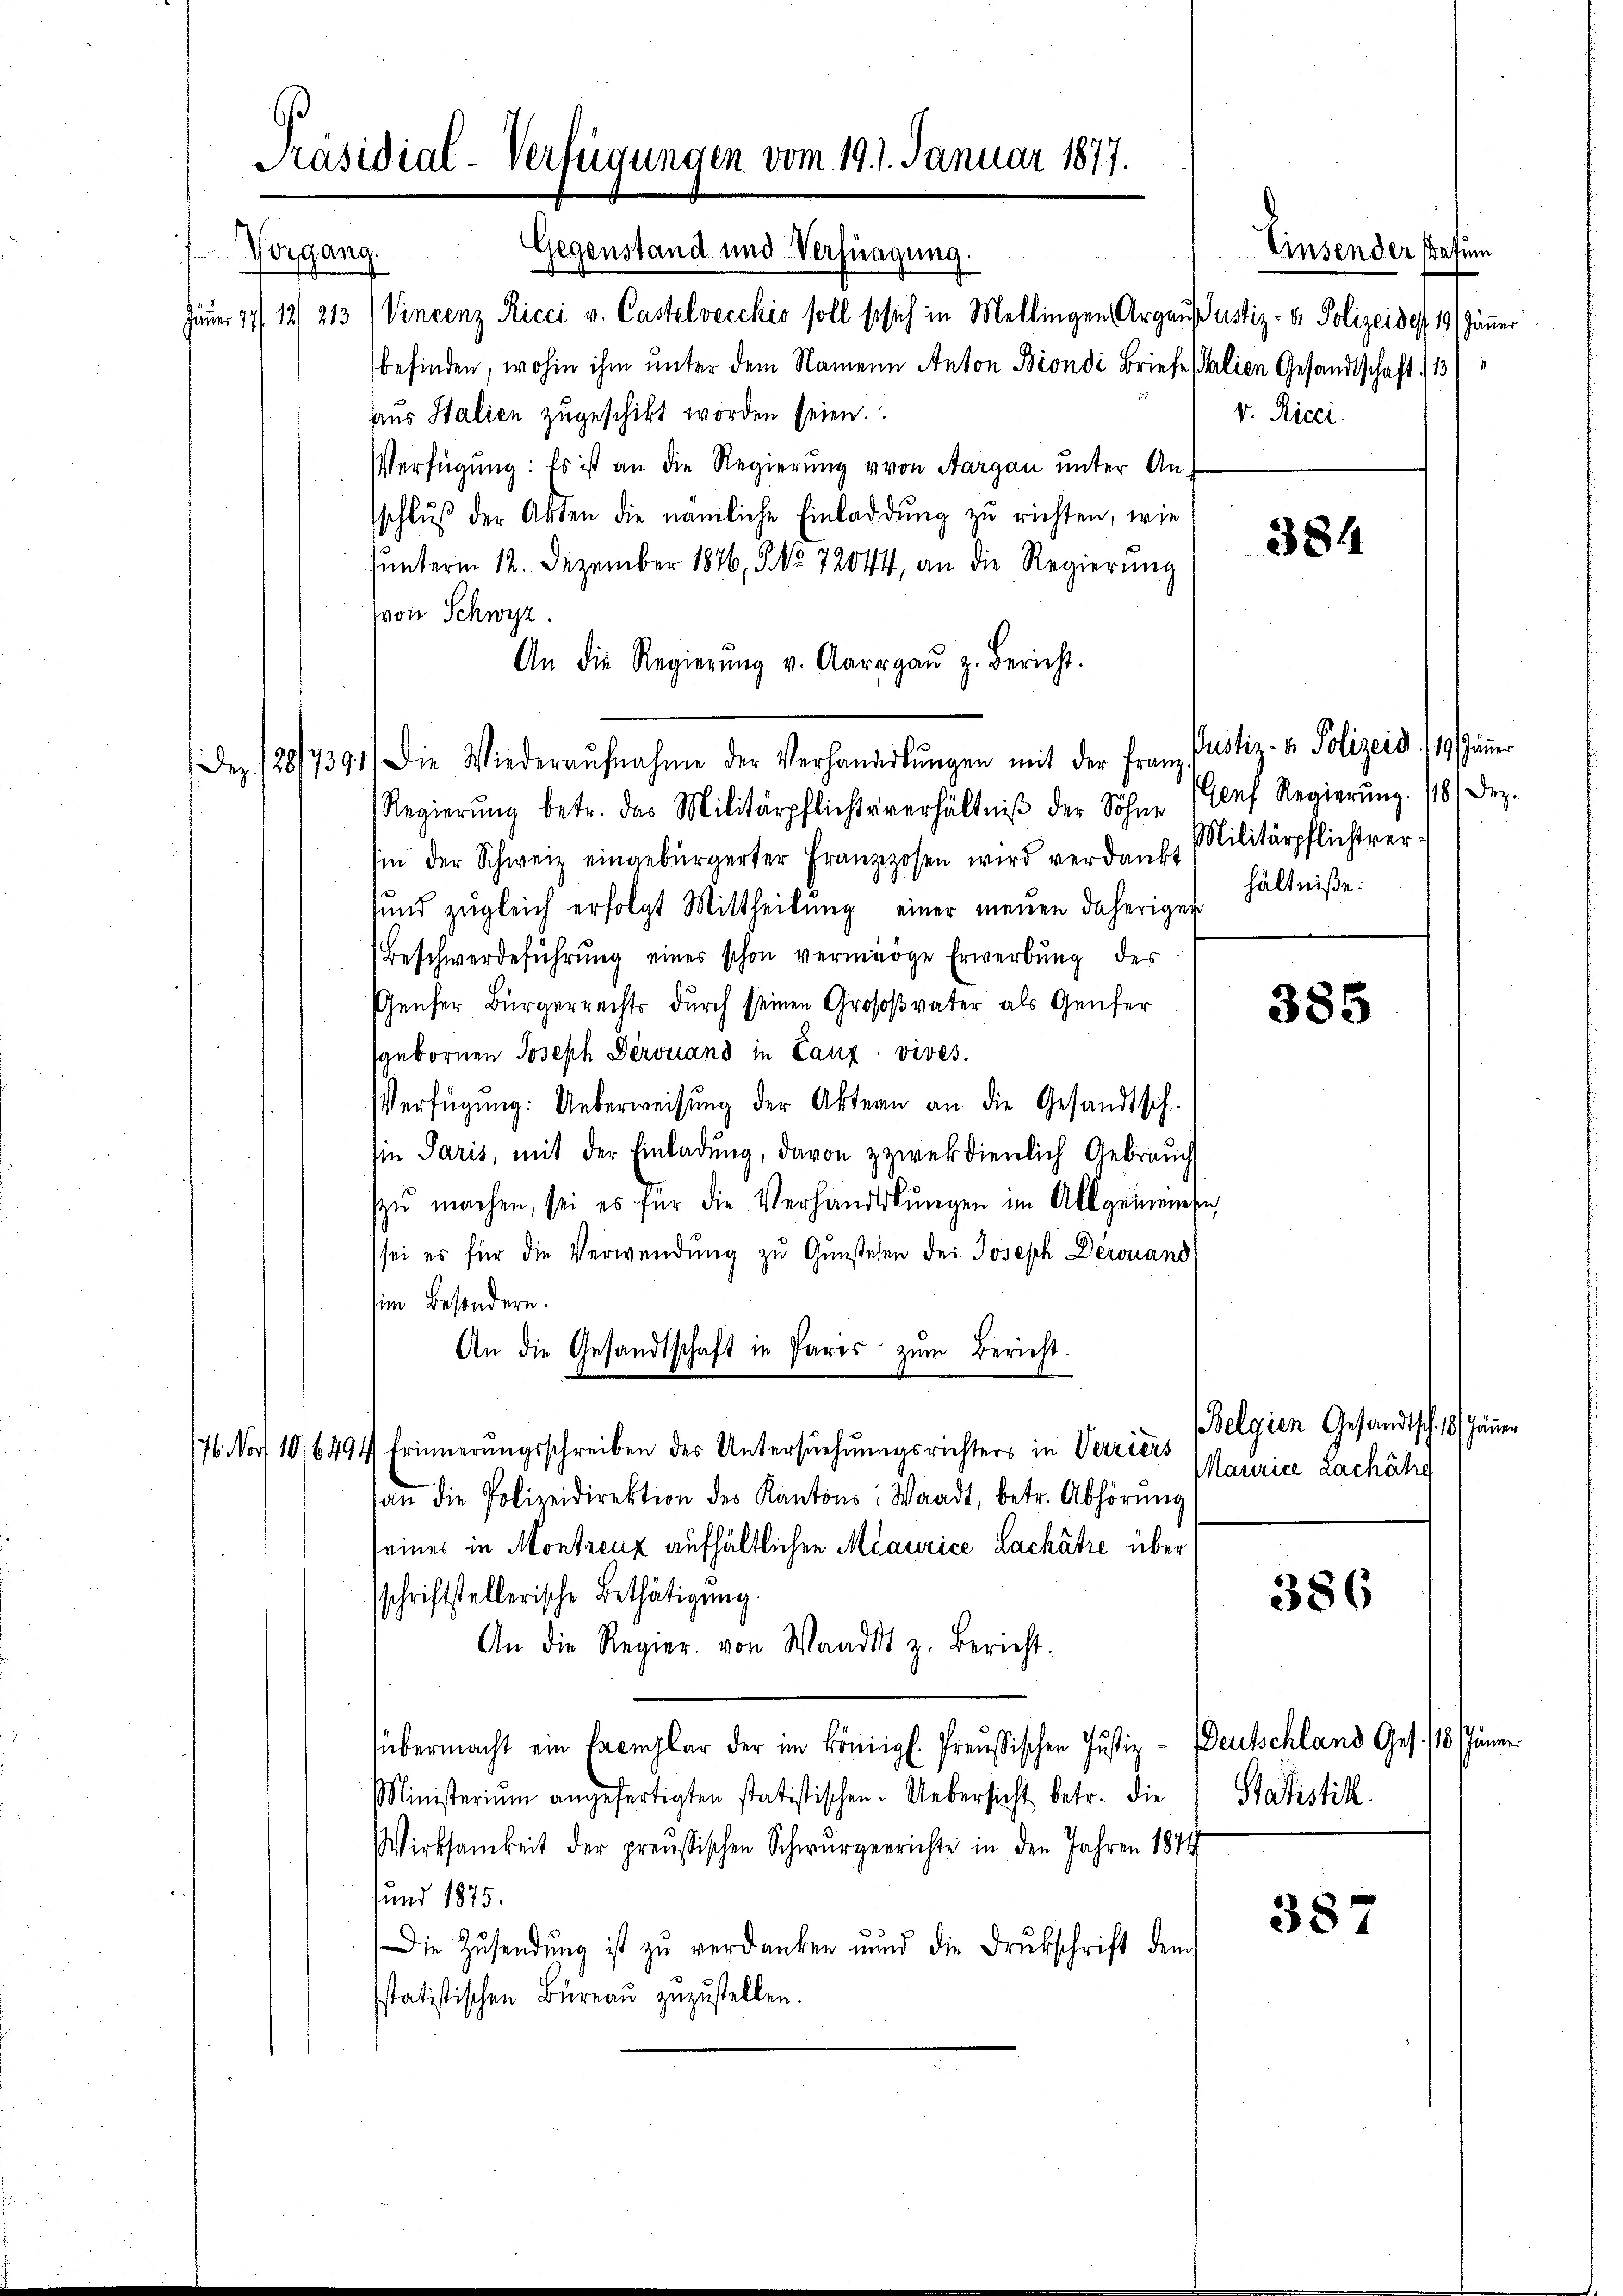
Präsidial-Verfügungen vom 19. 1. Januar 1877.

Gegenstand und Verfüngung.
1. Vorgang.
Jäner 17/12. 213 (Vincenz Ricci v. Castelvecchio soll so sich in Mellingen Argaus Justiz- & Polizeide 19 Jänner
befinden, wohin ihm unter dem Namene Anton Brondi Briefe (halien Gesandtschaft (13
aus Italien zugeschikt worden seien.
Verfügung: Es ist an die Regierung von Aargau unter Anschluß der Akten die nämliche Einladdŭng zu richten, wie
hunterm 12. Dezember 1876, 5 No 72044, an die Regierŭng
(von Schwyz.
An die Regierŭng v. Aargaŭ z. Bericht.
Dez. 128/7391) Die Wiederaŭfnahme der Verhanderŭngen mit der Franz
Regierŭng betr. das Militärpflichtsverhältniß der Söhne
sin der Schweiz eingebürgerter Franzosen wird verdankt Militärpflichtver-
sund zŭgleich erfolgt Mittheilŭng einer neŭen daherigen
Beschwerdeführŭng einer schon vermöge Erwerbŭng des
Genfer Bürgerrechts durch seinen Grossvater als Genfer
sgebornen Joseph Dérouand in Lanz vives.
Verfügŭng: Ueberweisŭng der Akten an die Gesandtsch.
sie Paris, mit der Einladung, davon zweckdienlich Gebrauch
zŭ machen, sei es für die Verhandlŭngen im Allgemeinse
sei es für die Verwendung zŭ Gŭnstehen des Joseph Derouand
him Besondern.
An die Gesandtschaft in Paris zŭm Bericht.
176. No 106494 Erinnerŭngsschreiben des Untersŭchŭngsrichters in Verziers
an die Polizeidirektion des Kantons: Waadt, betr. Abhörŭng
seines in Montreuz aufhältlichen Maurice Lachátie übersschriftstellerische Bethätigung.
An die Regier. von Waadt z. Bericht.
übermacht ein Exemplar der im Königl. Preußischen Justiz - Deutschland Ges. 18 Jänner
Ministerium angefertigten statistischen. Uebersicht betr. die
Wirksamkeit der preußischen Schwurgerrichte in den Jahren 1874
und 1875.
Die Zusendŭng ist zŭ verdanken und die Drukschrift dem
sstatistischen Büreau zuzustellen.

v. Ricci.

384

Einsender Patim

Justiz- & Polizeid. /19. Jänner
Genf Regierung. 18 Dez.
hältniße:

385

Belgien Gesandtsch. 18. Jänner
Maurice Lachähe

386

Statistik.

387